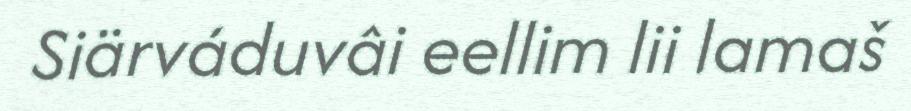
Siärváduvâi eellim lii lamaš